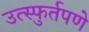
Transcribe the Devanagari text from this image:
उत्स्फुर्तपणे